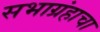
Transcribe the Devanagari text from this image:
सभाग्रंहाचा